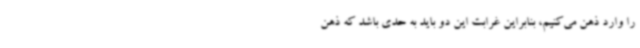
را وارد ذهن می‌کنیم، بنابراین غرابت این دو باید به حدی باشد که ذهن